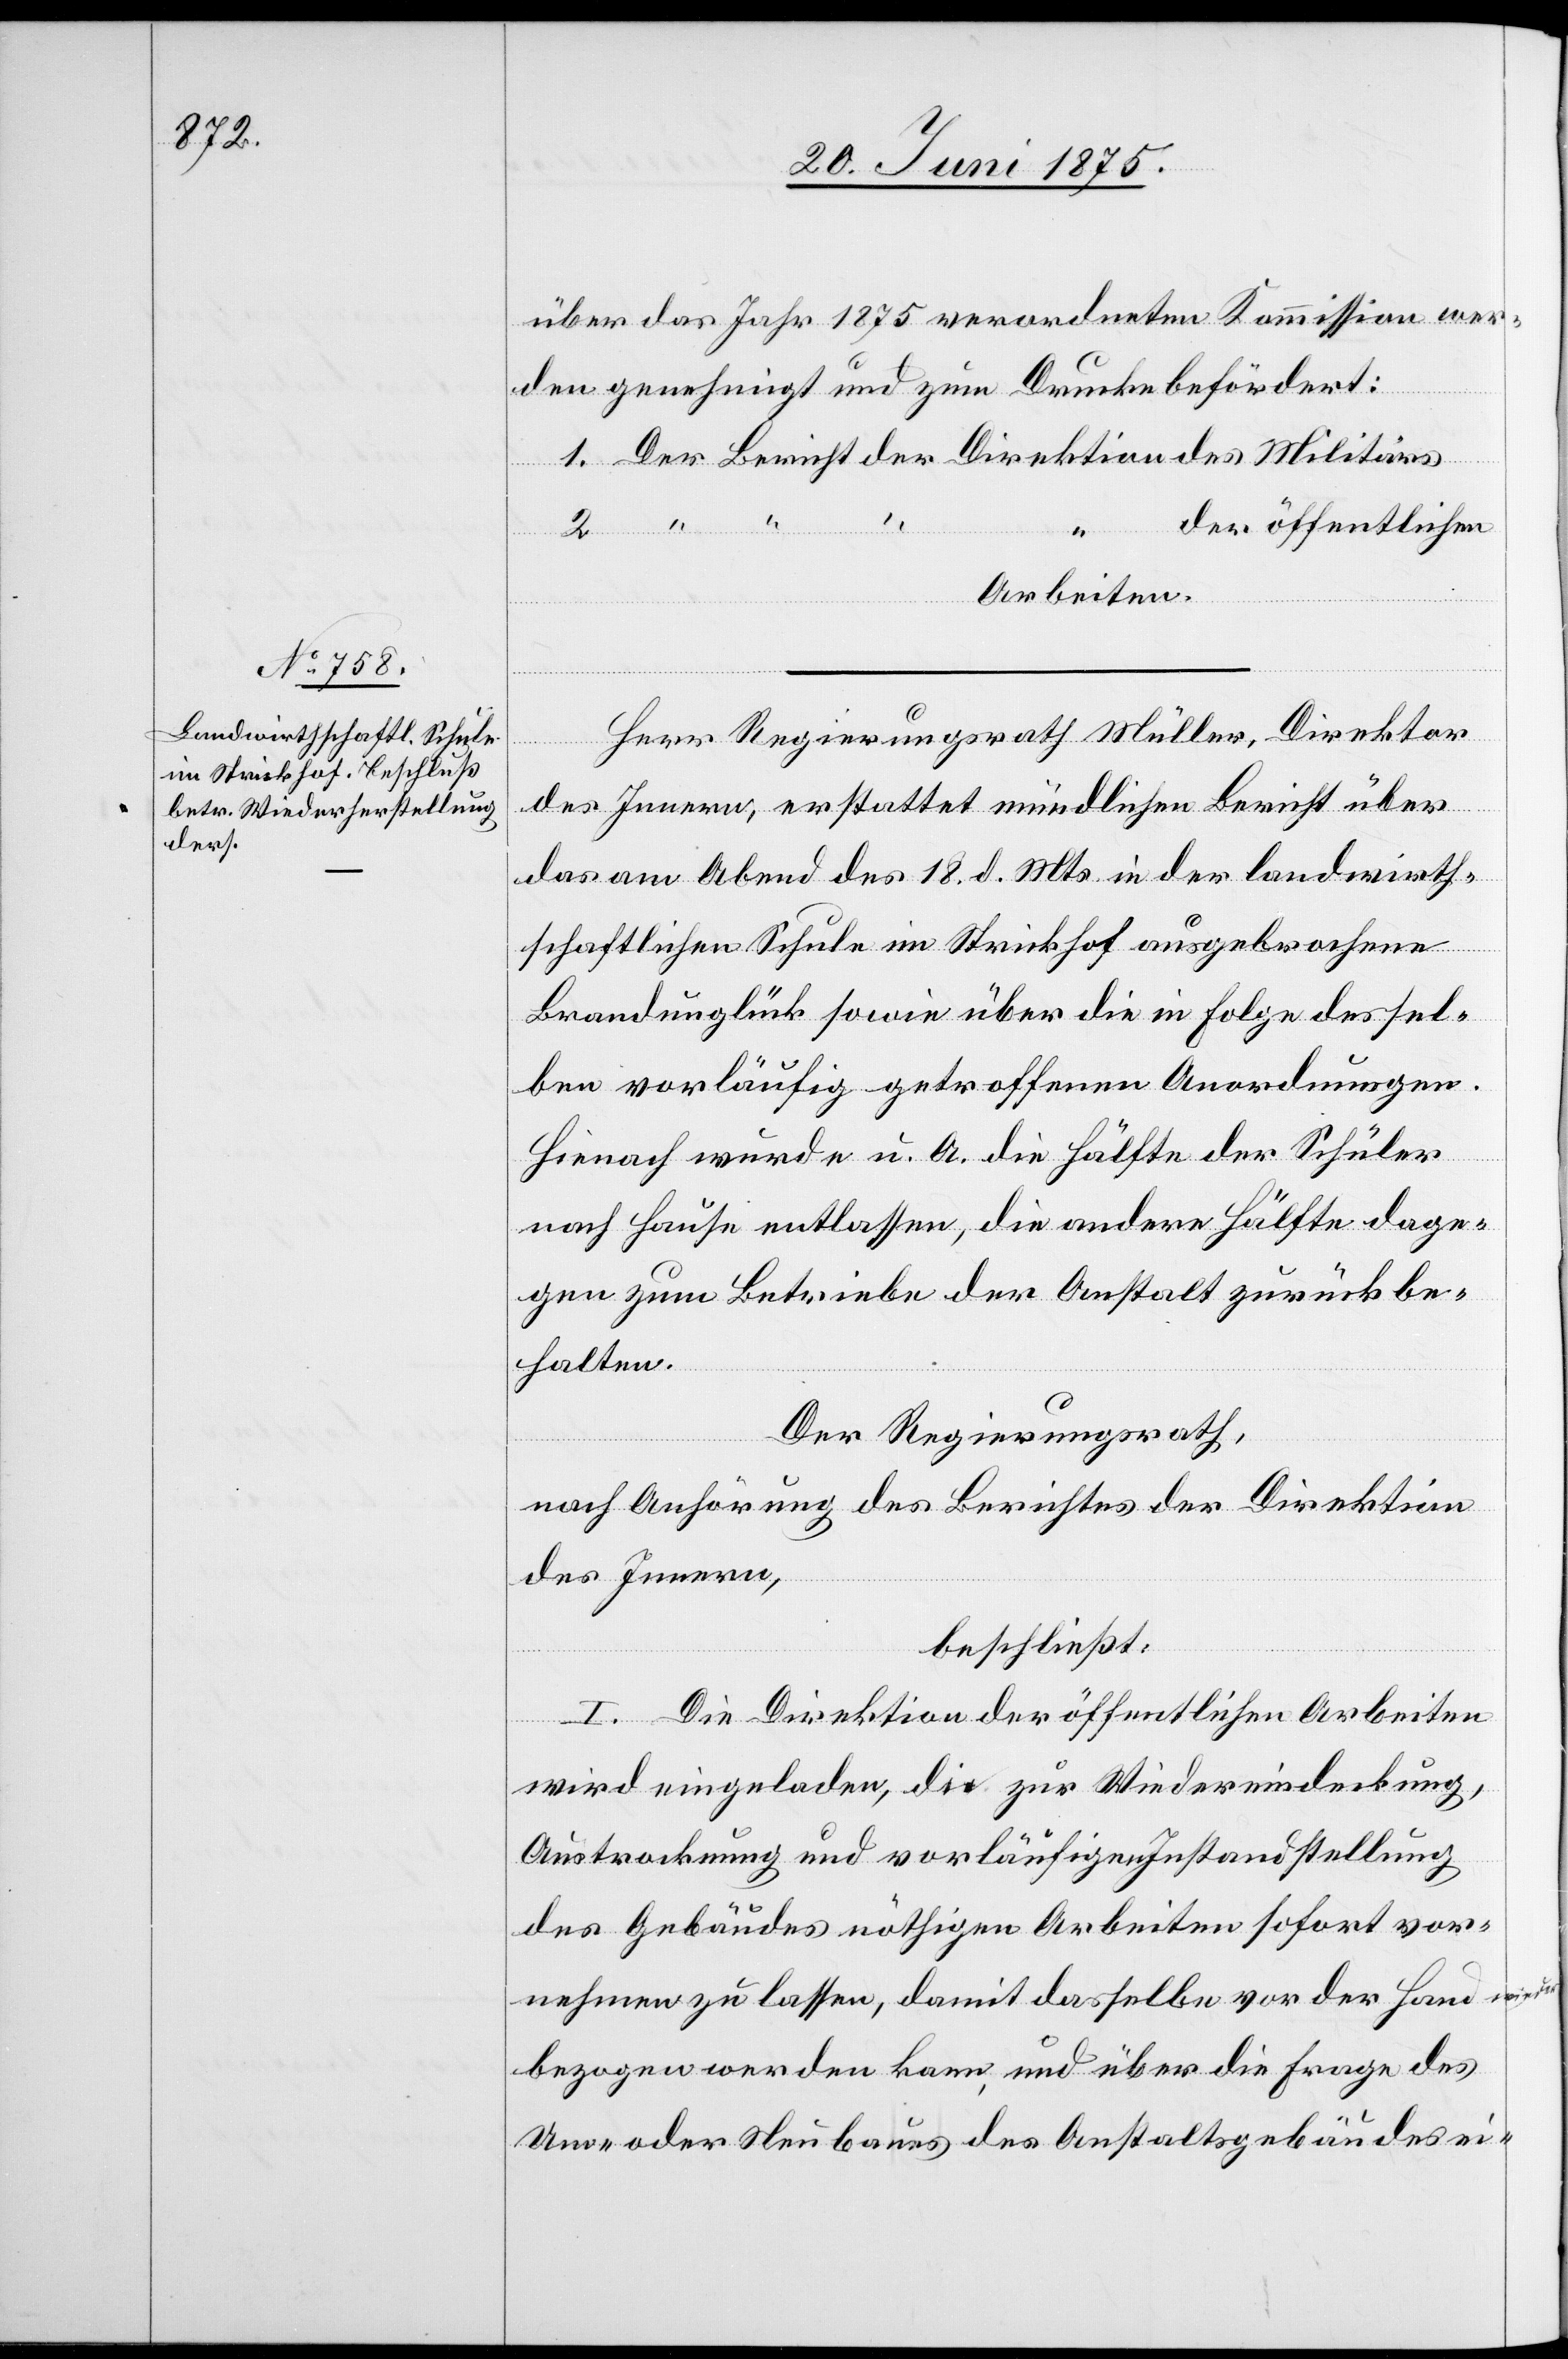
über das Jahr 1875 verordneten Kommission wer¬
den genehmigt und zum Drucke befördert:
Direktion
des
der öffentlichen
2.
Arbeiten.
Herr Regierungsrath Müller, Direktor
des Innern, erstattet mündlichen Bericht über
das am Abend des 18. d. Mts. in der landwirth¬
schaftlichen Schule im Strickhof ausgebrochene
Brandunglück sowie über die in Folge dessel¬
ben vorläufig getroffenen Anordnungen.
Hienach wurde u. A. die Hälfte der Schüler
nach Hause entlassen, die andere Hälfte dage¬
gen zum Betriebe der Anstalt zurückbe¬
halten.
Der Regierungsrath,
nach Anhörung des Berichtes der Direktion
des Innern,
beschließt.
I. Die Direktion der öffentlichen Arbeiten
wird eingeladen, die zur Wiedereindeckung,
Austrocknung und vorläufigen Instandstellung
des Gebäudes nöthigen Arbeiten sofort vor¬
nehmen zu lassen, damit dasselbe vor der Hand wieder
bezogen werden kann, und über die Frage des
Um- oder Neubaus des Anstaltgebäudes ei-